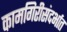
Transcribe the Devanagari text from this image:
कामगिरीसंदर्भात